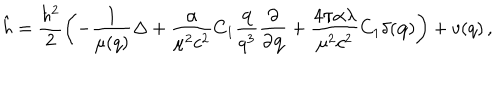
\hat { h } = \frac { \hbar ^ { 2 } } { 2 } \left( - \frac { 1 } { \mu ( q ) } \Delta + \frac { \alpha } { \mu ^ { 2 } c ^ { 2 } } C _ { 1 } \frac { { \bf q } } { q ^ { 3 } } \frac { \partial } { \partial { \bf q } } + \frac { 4 \pi \alpha \lambda } { \mu ^ { 2 } c ^ { 2 } } C _ { 1 } \delta ( { \bf q } ) \right) + v ( q ) \, ,